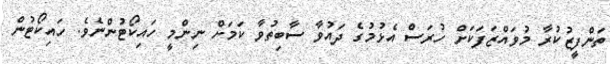
ތަންފީޒުކުރާ މުވައްޒަފަކަށް ހުރަސް އެޅުމުގެ ދައުވާ ސާބިތުވާ ކަމަށް ނިންމީ ހައިކޯޓުންނެވެ. ހައިކޯޓުން